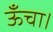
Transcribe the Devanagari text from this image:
ऊँचा।